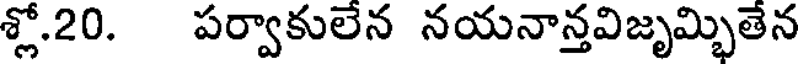
శ్లో.20. పర్వాకులేన నయనాన్తవిజృమ్భితేన